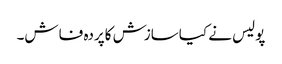
پولیس نے کیاسازش کاپردہ فاش۔